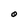
Character: O